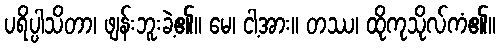
ပရိပ္ပါသိတာ၊ ဖျန်းဘူးခဲ့၏။ မေ၊ ငါ့အား။ တဿ၊ ထိုကုသိုလ်ကံ၏။